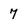
Character: 7